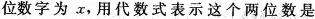
位数字为x，用代数式表示这个两位数是